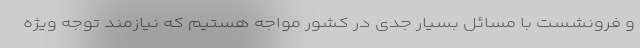
و فرونشست با مسائل بسیار جدی در کشور مواجه هستیم که نیازمند توجه ویژه